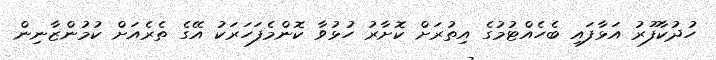
ހުދުކާފޫރު އަޅާފައި ބެހެއްޓުމުގެ އިތުރަށް ކޮށާރު ހުޅުވާ ކޮންމެފަހަރަކު އޭގެ ތެރެއަށް ކުމުންޒާނިން